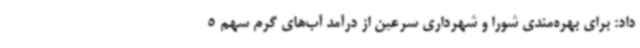
داد: برای بهره‌مندی شورا و شهرداری سرعین از درآمد آب‌های گرم سهم 5